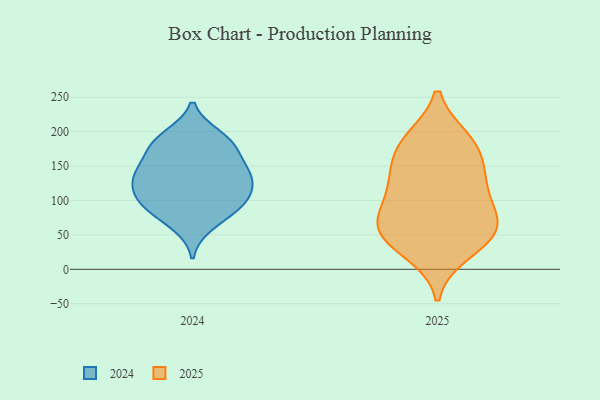
{"axis": {"x": "Latency (ms)", "y": "Value"}, "legend": ["2024", "2025"], "data": [{"x": "", "y": 57, "type": "2025"}, {"x": "", "y": 79, "type": "2025"}, {"x": "", "y": 44, "type": "2025"}, {"x": "", "y": 182, "type": "2025"}, {"x": "", "y": 59, "type": "2025"}, {"x": "", "y": 91, "type": "2025"}, {"x": "", "y": 179, "type": "2025"}, {"x": "", "y": 131, "type": "2025"}, {"x": "", "y": 126, "type": "2025"}, {"x": "", "y": 58, "type": "2025"}, {"x": "", "y": 187, "type": "2025"}, {"x": "", "y": 138, "type": "2025"}, {"x": "", "y": 26, "type": "2025"}, {"x": "", "y": 189, "type": "2024"}, {"x": "", "y": 194, "type": "2024"}, {"x": "", "y": 139, "type": "2024"}, {"x": "", "y": 96, "type": "2024"}, {"x": "", "y": 176, "type": "2024"}, {"x": "", "y": 96, "type": "2024"}, {"x": "", "y": 134, "type": "2024"}, {"x": "", "y": 107, "type": "2024"}, {"x": "", "y": 165, "type": "2024"}, {"x": "", "y": 96, "type": "2024"}, {"x": "", "y": 114, "type": "2024"}, {"x": "", "y": 185, "type": "2024"}, {"x": "", "y": 64, "type": "2024"}, {"x": "", "y": 145, "type": "2024"}, {"x": "", "y": 78, "type": "2024"}, {"x": "", "y": 132, "type": "2024"}, {"x": "", "y": 137, "type": "2024"}]}